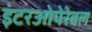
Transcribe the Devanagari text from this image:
इंटरओपेरेबल